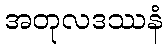
အတုလဒဿနံ